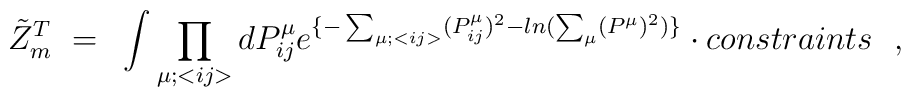
{\tilde Z}_m^T~=~\int \prod_{\mu;<{ij}>} dP^{\mu}_{ij}e^{\{-\sum_{\mu;<{ij}>} (P^{\mu}_{ij})^2- ln(\sum_{\mu}(P^{\mu})^2) \}} \cdot {constraints}~~,